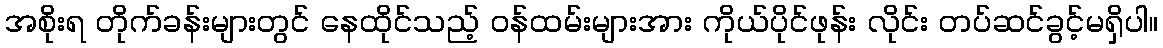
အစိုးရ တိုက်ခန်းများတွင် နေထိုင်သည့် ဝန်ထမ်းများအား ကိုယ်ပိုင်ဖုန်း လိုင်း တပ်ဆင်ခွင့်မရှိပါ။